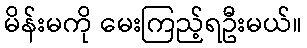
မိန်းမကို မေးကြည့်ရဦးမယ်။